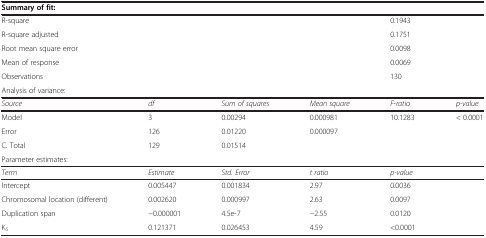
<table><thead><tr><td><b>Summary of fit:</b></td><td><b> </b></td><td><b> </b></td><td><b> </b></td><td><b> </b></td><td><b> </b></td></tr></thead><tbody><tr><td>R-square</td><td> </td><td> </td><td> </td><td>0.1943</td><td> </td></tr><tr><td>R-square adjusted</td><td> </td><td> </td><td> </td><td>0.1751</td><td> </td></tr><tr><td>Root mean square error</td><td> </td><td> </td><td> </td><td>0.0098</td><td> </td></tr><tr><td>Mean of response</td><td> </td><td> </td><td> </td><td>0.0069</td><td> </td></tr><tr><td>Observations</td><td> </td><td> </td><td> </td><td>130</td><td> </td></tr><tr><td colspan="6">Analysis of variance:</td></tr><tr><td><i>Source</i></td><td><i>df</i></td><td><i>Sum of squares</i></td><td><i>Mean square</i></td><td><i>F-ratio</i></td><td><i>p-value</i></td></tr><tr><td>Model</td><td>3</td><td>0.00294</td><td>0.000981</td><td>10.1283</td><td>&lt; 0.0001</td></tr><tr><td>Error</td><td>126</td><td>0.01220</td><td>0.000097</td><td> </td><td> </td></tr><tr><td>C. Total</td><td>129</td><td>0.01514</td><td> </td><td> </td><td> </td></tr><tr><td colspan="6">Parameter estimates:</td></tr><tr><td><i>Term</i></td><td><i>Estimate</i></td><td><i>Std. Error</i></td><td><i>t ratio</i></td><td><i>p-value</i></td><td> </td></tr><tr><td>Intercept</td><td>0.005447</td><td>0.001834</td><td>2.97</td><td>0.0036</td><td> </td></tr><tr><td>Chromosomal location (different)</td><td>0.002620</td><td>0.000997</td><td>2.63</td><td>0.0097</td><td> </td></tr><tr><td>Duplication span</td><td>−0.000001</td><td>4.5e-7</td><td>−2.55</td><td>0.0120</td><td> </td></tr><tr><td>K<sub><i>S</i></sub></td><td>0.121371</td><td>0.026453</td><td>4.59</td><td>&lt;0.0001</td><td> </td></tr></tbody></table>